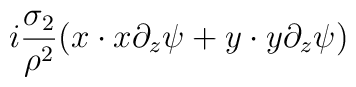
i\frac{\sigma_2}{\rho^2}(x\cdot x\partial_z\psi+y\cdot y\partial_z\psi)